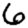
Digit: 6